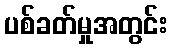
ပစ်ခတ်မှုအတွင်း